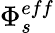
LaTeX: \Phi_{s}^{eff}